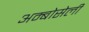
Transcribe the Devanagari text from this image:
अम्बोसेली